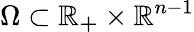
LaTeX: \Omega\subset\mathbb{R_{+}}\times\mathbb{R}^{n-1}